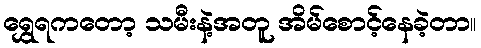
ရွှေရကတော့ သမီးနဲ့အတူ အိမ်စောင့်နေခဲ့တာ။